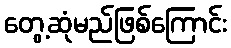
တွေ့ဆုံမည်ဖြစ်ကြောင်း